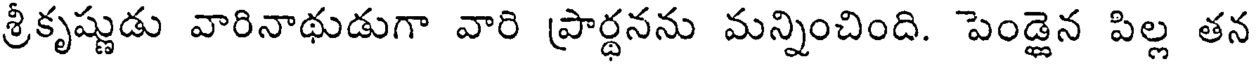
శ్రీకృష్ణుడు వారినాథుడుగా వారి ప్రార్థనను మన్నించింది. పెండ్లైన పిల్ల తన